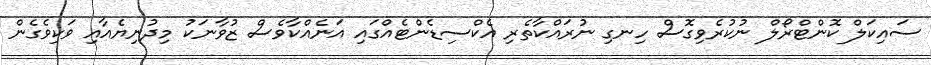
ސައިކަލް ކޮންޓްރޯލް ނުކުރެވިގޮސް ހިނގި ނުރައްކާތެރި އެކްސިޑެންޓެއްގައި އަނެއްކާވެސް ޒުވާނަކު މިދުނިޔެއާއި ވަކިވެގެން